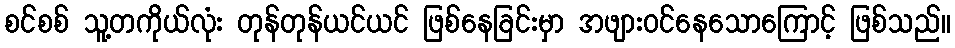
စင်စစ် သူ့တကိုယ်လုံး တုန်တုန်ယင်ယင် ဖြစ်နေခြင်းမှာ အဖျားဝင်နေသောကြောင့် ဖြစ်သည်။